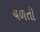
ચળતી